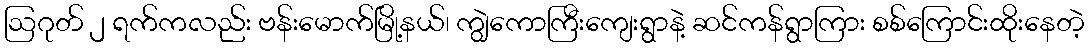
ဩဂုတ် ၂ ရက်ကလည်း ဗန်းမောက်မြို့နယ်၊ ကျွဲကောကြီးကျေးရွာနဲ့ ဆင်ကန်ရွာကြား စစ်ကြောင်းထိုးနေတဲ့